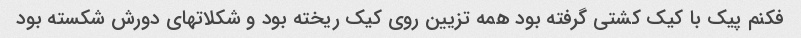
فکنم پیک با کیک کشتی گرفته بود همه تزیین روی کیک ریخته بود و شکلاتهای دورش شکسته بود